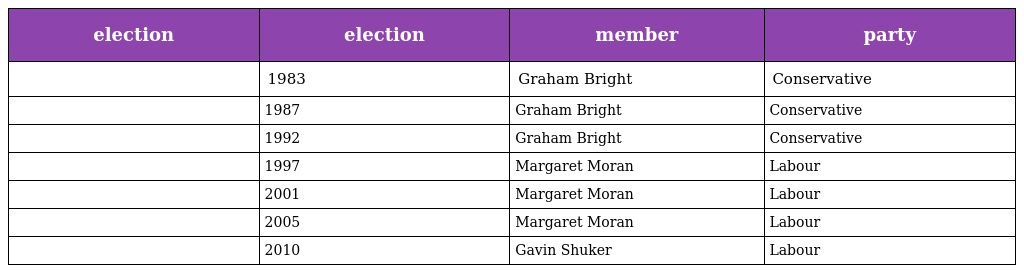
| election | election | member | party |
 | --- | --- | --- | --- |
 |  | 1983 | Graham Bright | Conservative |
 |  | 1987 | Graham Bright | Conservative |
 |  | 1992 | Graham Bright | Conservative |
 |  | 1997 | Margaret Moran | Labour |
 |  | 2001 | Margaret Moran | Labour |
 |  | 2005 | Margaret Moran | Labour |
 |  | 2010 | Gavin Shuker | Labour |